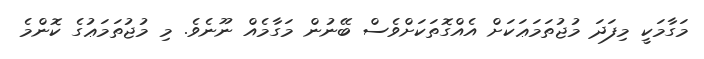
މަގާމަކީ މިފަދަ މުޖުތަމަޢަކަށް އެއްގޮތަކަށްވެސް ބޭނުން މަގާމެއް ނޫނެވެ. މި މުޖުތަމަޢުގެ ކޮންމެ